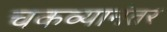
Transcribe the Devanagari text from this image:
चकव्यानंतर